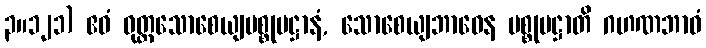
၃။၁၂၁) ဧဝံ ဝုတ္တသောစေယျပစ္စုပဋ္ဌာနံ, သောစေယျဘာဝေန ပစ္စုပဋ္ဌာတိ ဂဟဏဘာဝံ